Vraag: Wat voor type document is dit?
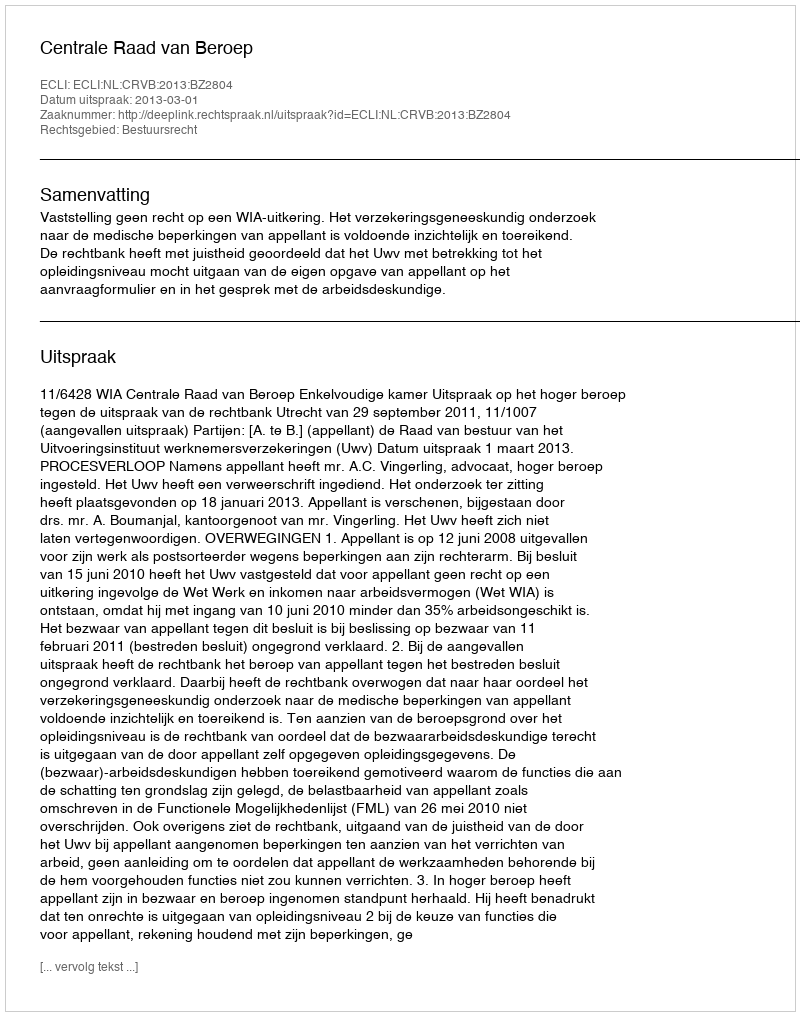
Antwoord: Uitspraak